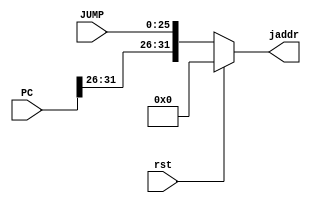
`timescale 1ns / 1ps
//////////////////////////////////////////////////////////////////////////////////
// Company: 
// Engineer: 
// 
// Design Name: 
// Module Name: jump
// Project Name: 
// Target Devices: 
// Tool Versions: 
// Description: 
// 
// Dependencies: 
// 
// Revision:
// Revision 0.01 - File Created
// Additional Comments:
// 
//////////////////////////////////////////////////////////////////////////////////


module jump

/*** PARAMETERS ***/
#(parameter
	JUMP_WL = 26,
	DATA_WL = 32
)

/*** IN/OUT ***/
(
	// IN
	input                   rst,
	input [JUMP_WL - 1 : 0] JUMP,
	input [DATA_WL - 1 : 0] PC,
	
	// OUT
	output reg [DATA_WL - 1 : 0] jaddr
);

    always @(*)
    begin
        if(rst) jaddr = 0;
        else jaddr = {PC[31:26],JUMP};
    end
    
endmodule